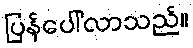
ပြန်ပေါ်လာသည်။